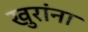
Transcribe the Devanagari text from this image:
खुरांना